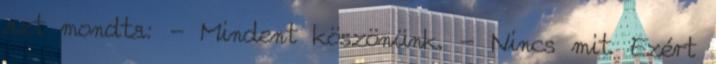
azt mondta: - Mindent köszönünk. - Nincs mit. Ezért